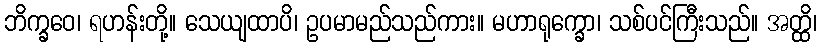
ဘိက္ခဝေ၊ ရဟန်းတို့။ သေယျထာပိ၊ ဥပမာမည်သည်ကား။ မဟာရုက္ခော၊ သစ်ပင်ကြီးသည်။ အတ္ထိ၊